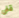
قفى